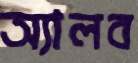
অ্যালব